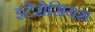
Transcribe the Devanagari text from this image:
इंटेरोसियस